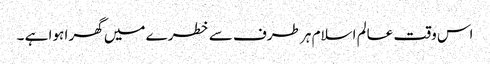
اس وقت عالم اسلام ہر طرف سے خطرے میں گھر ا ہوا ہے ۔